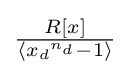
{\textstyle {\frac {R[x]}{\langle {x_{d}}^{n_{d}}-1\rangle }}}